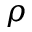
\rho